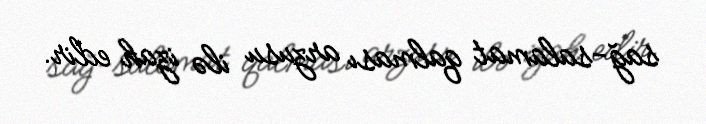
sağ-salamat qalması arzusu ilə izah edir.